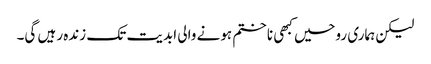
لیکن ہماری روحیں کبھی نا ختم ہونے والی ابدیت تک زندہ رہیں گی۔